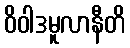
ဝိဝါဒမူလာနီတိ